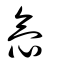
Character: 忥